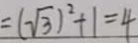
= ( \sqrt { 3 } ) ^ { 2 } + 1 = 4